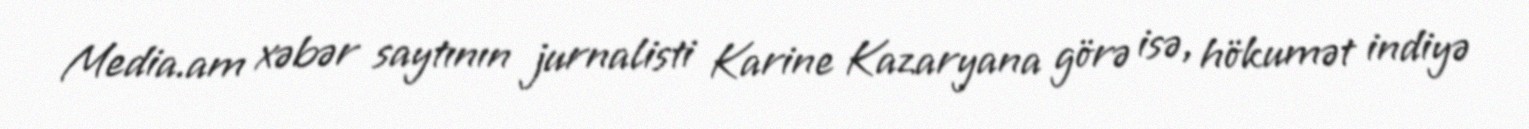
Media.am xəbər saytının jurnalisti Karine Kazaryana görə isə, hökumət indiyə